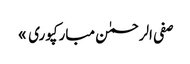
صفی الرحمٰن مبارکپوری »